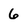
Character: 6